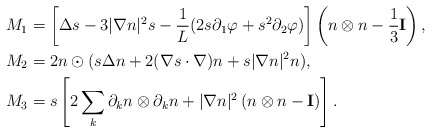
\begin{align*}M_1 & = \left[ \Delta s - 3|\nabla n|^2 s -\frac{1}{L}(2s\partial_1\varphi + s^2 \partial_2\varphi)\right]\left(n\otimes n-\frac{1}{3} \mathbf I\right), \\M_2 & =2n \odot (s\Delta n + 2(\nabla s\cdot \nabla)n + s|\nabla n|^2 n),\\M_3 & = s \left[ 2\sum_k \partial_k n \otimes\partial_k n + |\nabla n|^2 \left( n\otimes n-\mathbf I\right) \right].\end{align*}